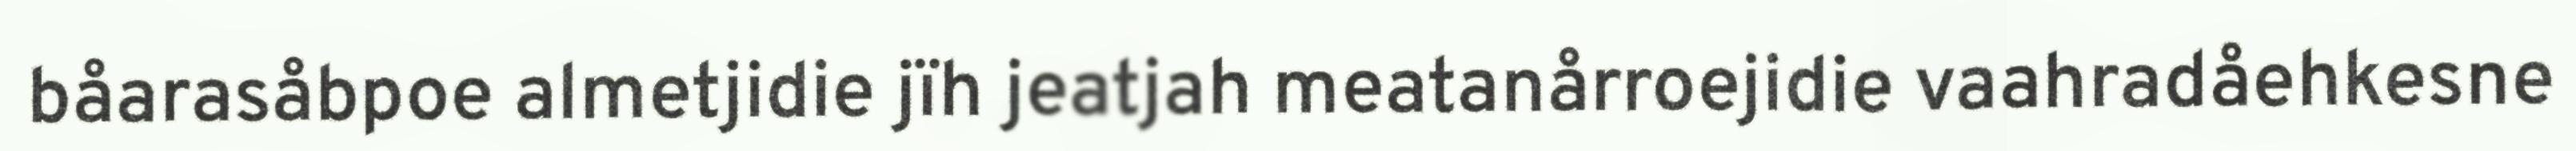
båarasåbpoe almetjidie jïh jeatjah meatanårroejidie vaahradåehkesne